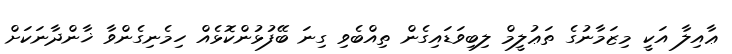
ޢާއިލާ އަކީ މިޒަމާނުގެ ތަޢުލީމް ލިބިވަޑައިގެން ތިއްބެވި ގިނަ ބޭފުޅުންކޮޅެއް ހިމެނިގެންވާ ޚާންދާނަކަށް